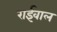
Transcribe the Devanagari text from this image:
राईवाल